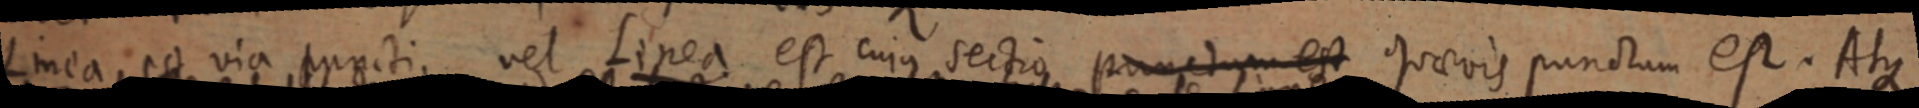
Linea est via puncti vel Linea est cujus sectio punctum est quaevis punctum est. Atque